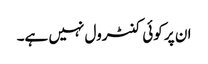
ان پر کوئی کنٹرول نہیں ہے۔